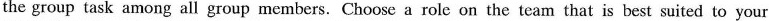
the group task among all group members. Choose a role on the team that is best suited to your